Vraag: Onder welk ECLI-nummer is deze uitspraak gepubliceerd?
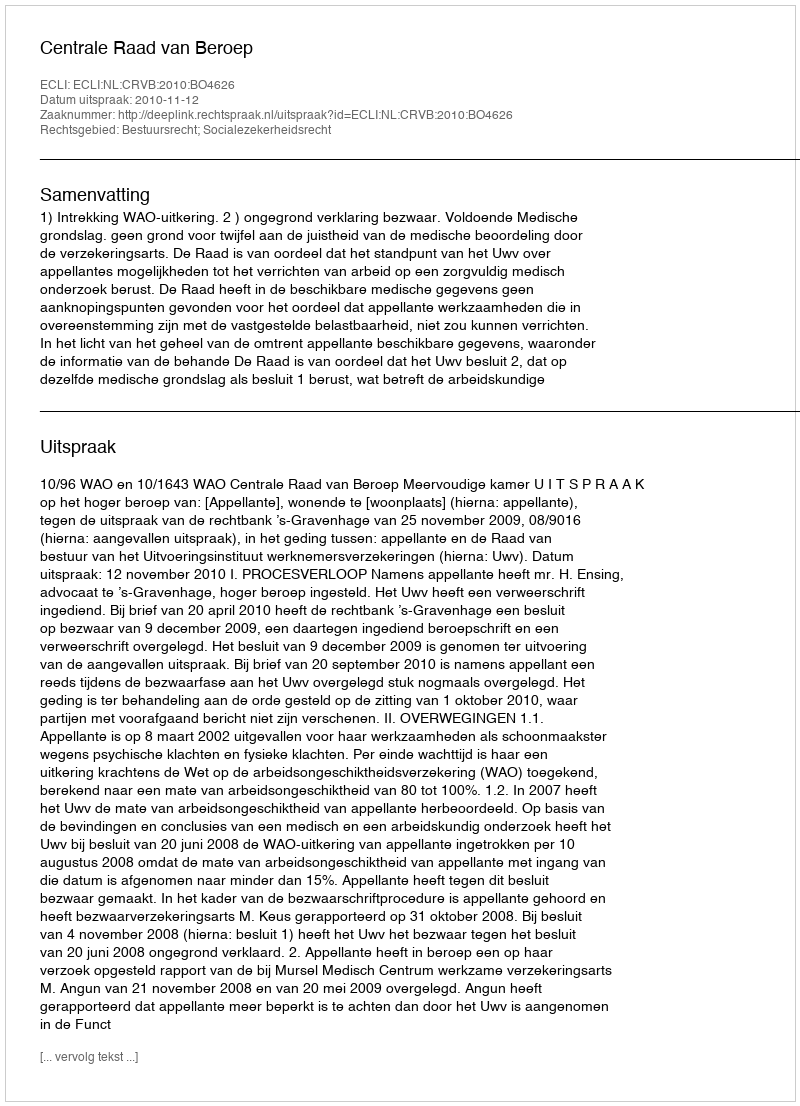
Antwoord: ECLI:NL:CRVB:2010:BO4626